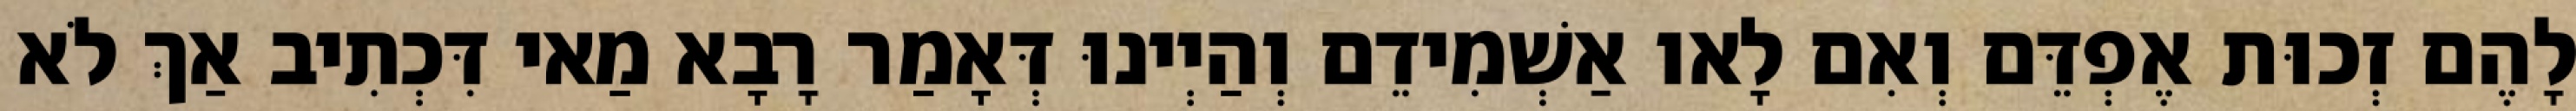
לָהֶם זְכוּת אֶפְדֵּם וְאִם לָאו אַשְׁמִידֵם וְהַיְינוּ דְּאָמַר רָבָא מַאי דִּכְתִיב אַךְ לֹא